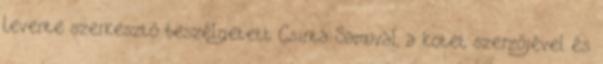
Levente szerkesztő beszélgetett Csinta Samuval, a kötet szerzőjével és